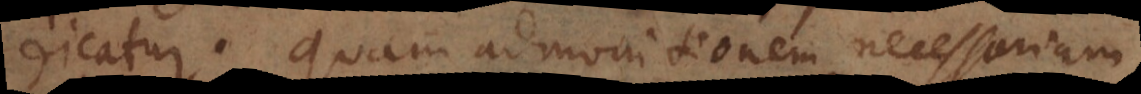
dicatur, quam admonitionem necessariam